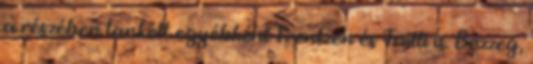
a részében tankolt egyébként Frentzen és Trulli is. Bezzeg,